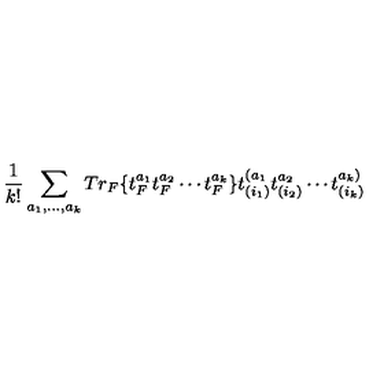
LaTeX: { \frac { 1 } { k ! } } \sum _ { a _ { 1 } , \dots , a _ { k } } T r _ { F } \{ t _ { F } ^ { a _ { 1 } } t _ { F } ^ { a _ { 2 } } \cdots t _ { F } ^ { a _ { k } } \} t _ { ( i _ { 1 } ) } ^ { ( a _ { 1 } } t _ { ( i _ { 2 } ) } ^ { a _ { 2 } } \cdots t _ { ( i _ { k } ) } ^ { a _ { k } ) }